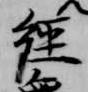
経